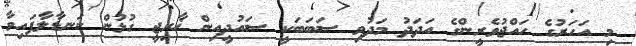
މި އަހަރުގެ ހައްޖުވެރީންގެ އަދަދު މަދުވި ސަބަބަކީ ސައުދީއިން ޚާރިޖީ ގުޅުން ކަނޑާލާފައިވާ